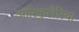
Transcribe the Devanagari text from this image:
आरिकुलेरिया